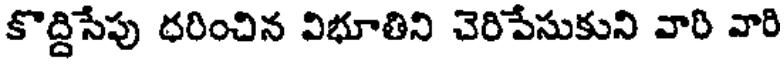
కొద్దిసేపు ధరించిన విభూతిని చెరిపేసుకుని వారి వారి